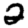
Digit: 2